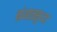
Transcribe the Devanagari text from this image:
ग्रंथातसुध्दा